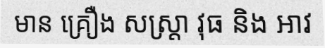
មាន គ្រឿង សស្ត្រា វុធ និង អាវ